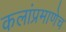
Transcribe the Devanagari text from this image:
कलांप्रमाणेच